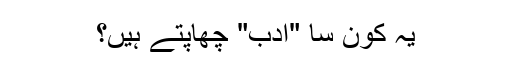
یہ کون سا "ادب" چھاپتے ہیں؟